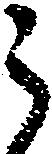
う